Vaccination United Provinces of Agra and Oudh 1914-1922 - 1914-1922
Year: 1914
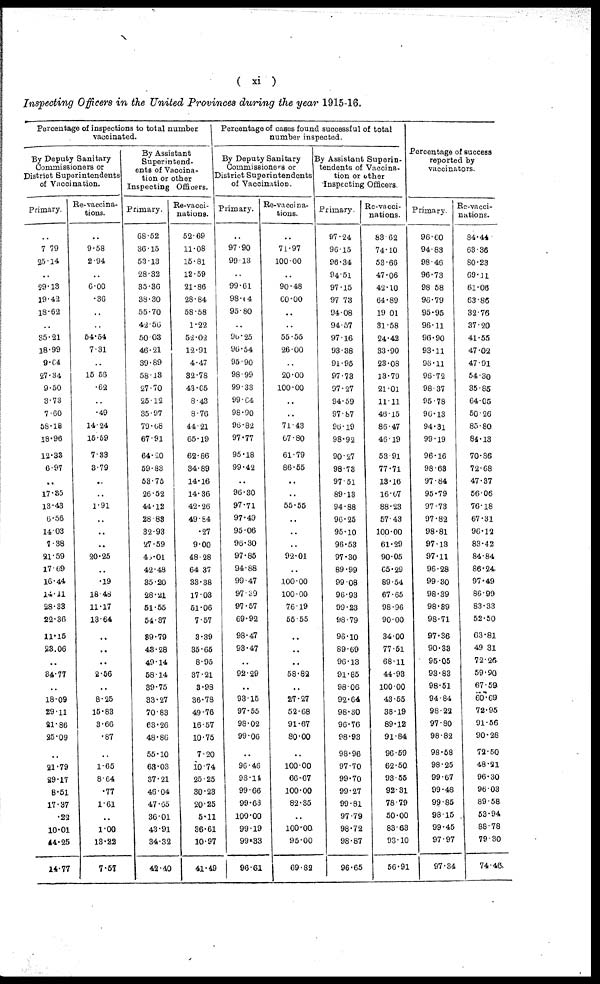
( xi )
Inspecting Officers in the United Provinces during the year 1915-16.
Percentage of inspections to total number
vaccinated.
By Deputy Sanitary
Commissioners or
District Superintendents
of Vaccination.
Primary.
..
7.79
25.14
..
29.13
19.42
18.62
..
35.21
18.99
9.04
27.34
9.50
3.73
7.60
58.18
18.96
12.33
6.97
..
17.35
13.43
6.56
14.03
7.38
21.59
17.69
16.44
14.11
28.33
22.36
11.15
23.06
..
34.77
..
18.09
29.11
21.86
25.09
..
21.79
29.17
8.51
17.37
.22
10.01
44.25
14.77
Re-vaccina-
tions.
..
9.58
2.94
..
6.00
.36
..
..
54.54
7.31
..
15.56
.62
..
.49
14.24
15.59
7.33
3.79
..
..
1.91
..
..
..
20.25
..
.19
18.48
11.17
13.64
..
..
..
2.56
..
8.25
15.83
3.66
.87
..
1.65
8.64
.77
1.61
..
1.00
13.22
7.57
By Assistant
Superintend-
ents of Vaccina-
tion or other
Inspecting Officers.
Primary.
68.52
36.15
53.13
28.32
35.36
38.30
55.70
42.56
50.03
46.21
39.89
58.13
27.70
25.12
35.97
79.68
67.91
64.20
59.83
53.75
26.52
44.12
28.83
32.93
27.59
46.01
42.48
35.20
28.21
51.55
54.37
39.79
43.28
49.14
58.14
39.75
33.27
70.83
63.26
48.86
55.10
63.03
37.21
46.04
47.65
36.01
43.91
34.32
42.40
Re-vacci-
nations.
52.69
11.08
15.81
12.59
21.86
28.64
58.58
1.22
52.02
12.91
4.47
32.78
43.65
8.43
8.76
44.21
65.19
62.86
34.89
14.16
14.36
42.26
49.84
.27
9.00
48.28
64.37
33.38
17.03
51.06
7.57
3.39
35.65
8.95
37.21
3.98
36.78
49.76
16.57
10.75
7.20
10.74
25.25
30.23
20.25
5.11
36.61
10.97
41.49
Percentage of cases found successful of total
number inspected.
By Deputy Sanitary
Commissioners or
District Superintendents
of Vaccination.
Primary.
..
97.90
99.13
..
99.61
98.04
95.80
..
96.25
90.54
95.90
98.99
99.33
99.64
98.90
96.82
97.77
95.18
99.42
..
96.30
97.71
97.49
95.06
96.30
97.85
94.88
99.47
97.39
97.57
69.92
98.47
93.47
..
92.29
..
93.15
97.55
98.02
99.06
..
96.46
98.14
99.66
99.63
100.00
99.19
99.33
96.61
Re-vaccina-
tions.
..
71.97
100.00
..
90.48
60.00
..
..
55.55
26.00
..
20.00
100.00
..
..
71.43
67.80
61.79
86.55
..
..
55.55
..
..
..
92.01
..
100.00
100.00
76.19
55.55
..
..
..
58.82
..
27.27
52.68
91.67
80.00
..
100.00
66.67
100.00
82.35
..
100.00
95.00
69.82
By Assistant Superin-
tendents of Vaccina-
tion or other
"inspecting Officers.
Primary.
97.24
96.15
96.34
94.51
97.15
97.73
94.08
94.57
97.16
93.38
91.95
97.73
97.27
94.59
97.87
96.19
98.92
90.27
98.73
97.51
89.13
94.88
96.25
95.10
96.53
97.30
89.99
99.08
96.93
99.23
98.79
96.10
89.69
96.13
91.85
98.06
92.64
98.30
96.76
98.93
98.96
97.70
99.70
99.27
99.81
97.79
98.72
98.87
96.65
Re-vacci-
nations.
83.62
74.10
53.66
47.06
42.10
64.89
19.01
31.58
24.42
33.90
23.08
13.79
21.01
11.11
40.15
86.47
46.19
53.91
77.71
13.16
16.67
88.23
57.43
100.00
61.29
90.05
65.29
89.54
67.65
98.96
90.00
34.00
77.51
68.11
44.93
100.00
43.55
38.19
89.12
91.84
96.59
62.50
93.55
92.31
78.79
50.00
83.63
93.10
56.91
Percentage of success
reported by
vaccinators.
Primary.
96.60
94.83
98.46
96.73
98.58
96.79
95.95
96.11
96.90
93.11
96.11
96.72
98.37
95.78
96.13
94.31
99.19
96.16
98.68
97.84
95.79
97.73
97.82
98.81
97.13
97.11
96.28
99.30
98.39
98.39
98.71
97.36
90.33
95.05
93.83
98.51
94.84
98.22
97.80
98.82
98.58
98.25
99.67
99.48
99.85
98.15
99.45
97.97
97.34
Re-vacci-
nations.
84.44
63.36
80.23
69.11
61.06
63.86
32.76
37.20
41.55
47.02
47.91
54.30
35.85
64.05
50.26
85.80
84.13
70.86
72.68
47.37
56.06
76.18
67.31
96.12
83.42
84.84
86.24
97.49
86.99
83.33
52.50
63.81
49.31
72.26
59.90
67.59
60.69
72.95
91.56
90.28
72.50
48.21
96.30
96.03
89.58
53.94
88.78
79.30
74.46